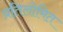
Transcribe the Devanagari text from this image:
प्रतिलोमित